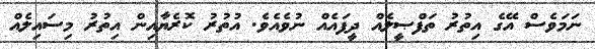
ނަމަވެސް އޭގެ އިތުރު ތަފްޞީލެއް ދީފައެއް ނުވެއެވެ. އުތުރު ކޮރެޔާއިން އިތުރު މިސައިލެއް